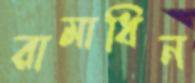
রামাধিন